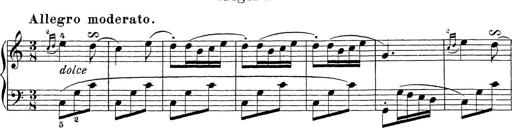
Title: Sonatina Album
Composer: Louis KÃ¶hler